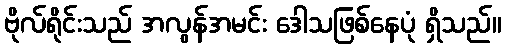
ဗိုလ်ရိုင်းသည် အလွန်အမင်း ဒေါသဖြစ်နေပုံ ရှိသည်။